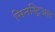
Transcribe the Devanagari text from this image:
मिनस्ट्रिअल